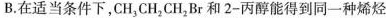
B.在适当条件下，CH_{3}CH_{2}CH_{2}Br和2-丙醇能得到同一种烯烃